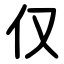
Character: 仅